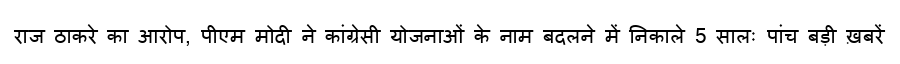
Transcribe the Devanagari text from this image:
राज ठाकरे का आरोप, पीएम मोदी ने कांग्रेसी योजनाओं के नाम बदलने में निकाले 5 सालः पांच बड़ी ख़बरें